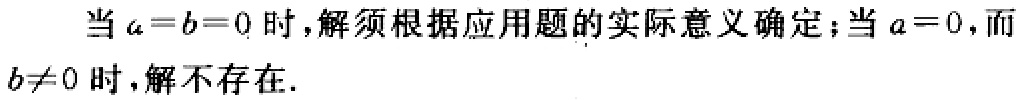
当 \(a = b = 0\) 时，解须根据应用题的实际意义确定；当 \(a = 0\)，而 \(b\neq0\) 时，解不存在.